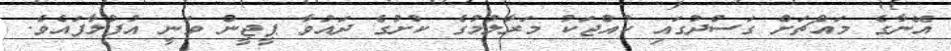
އޭނާގެ މައްޗަށް ގަސްދުގައި ކުއްޖަކު މަރާލުމުގެ ކުށުގެ ދައުވާ ޕީޖީން ވަނީ އުފުލާފައެވެ.